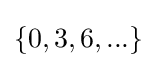
\{0,3,6,...\}